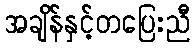
အချိန်နှင့်တပြေးညီ